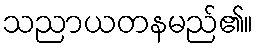
သညာယတနမည်၏။